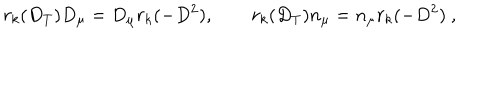
r _ { k } ( D _ { T } ) D _ { \mu } = D _ { \mu } r _ { k } ( - D ^ { 2 } ) , \quad \quad r _ { k } ( D _ { T } ) n _ { \mu } = n _ { \mu } r _ { k } ( - D ^ { 2 } ) \ ,